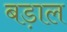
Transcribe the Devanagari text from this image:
बड़ाल